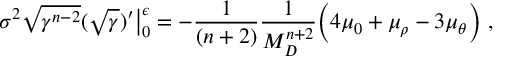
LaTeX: \sigma ^ { 2 } \sqrt { \gamma ^ { n - 2 } } ( \sqrt { \gamma } ) ^ { \prime } \big | _ { 0 } ^ { \epsilon } = - \frac { 1 } { ( n + 2 ) } \frac { 1 } { M _ { D } ^ { n + 2 } } \bigg ( 4 \mu _ { 0 } + \mu _ { \rho } - 3 \mu _ { \theta } \bigg ) ~ ,